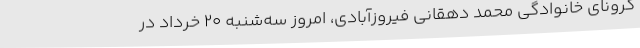
کرونای خانوادگی محمد دهقانی فیروزآبادی، امروز سه‌شنبه 20 خرداد در